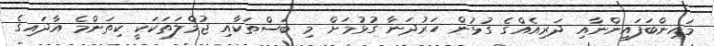
މައިންބަފައިންނާއި ދަރިއެއްގެ ގުޅުން ހަރުދަނާ ގުޅުމަށް މި ބަސްތަކާއި ޖުމްލަތަކަކީ ކިތަންމެ އާދައިގެ